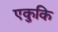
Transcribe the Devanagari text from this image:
एकुकि